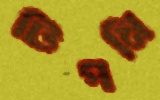
টিপনি